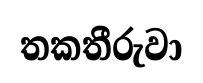
තකතීරුවා